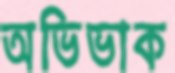
অভিভাক